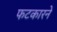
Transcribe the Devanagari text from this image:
फटकारने